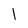
Character: I